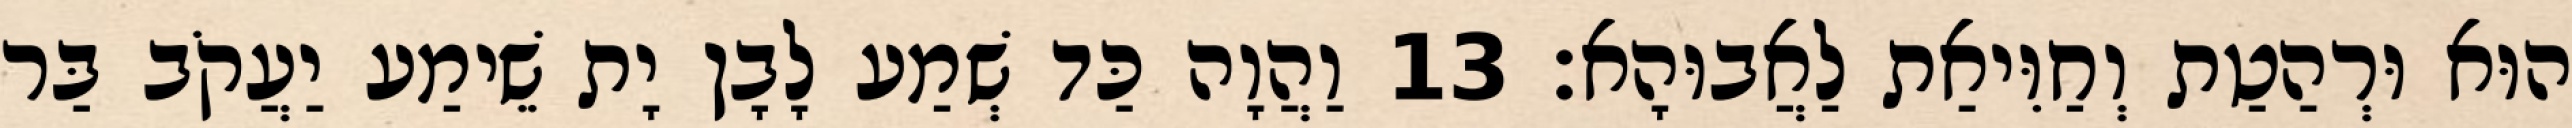
הוּא וּרְהַטַת וְחַוִּיאַת לַאֲבוּהָא׃ 13 וַהֲוָה כַּד שְׁמַע לָבָן יָת שֵׁימַע יַעֲקֹב בַּר